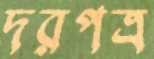
দরপত্র